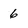
Character: 6